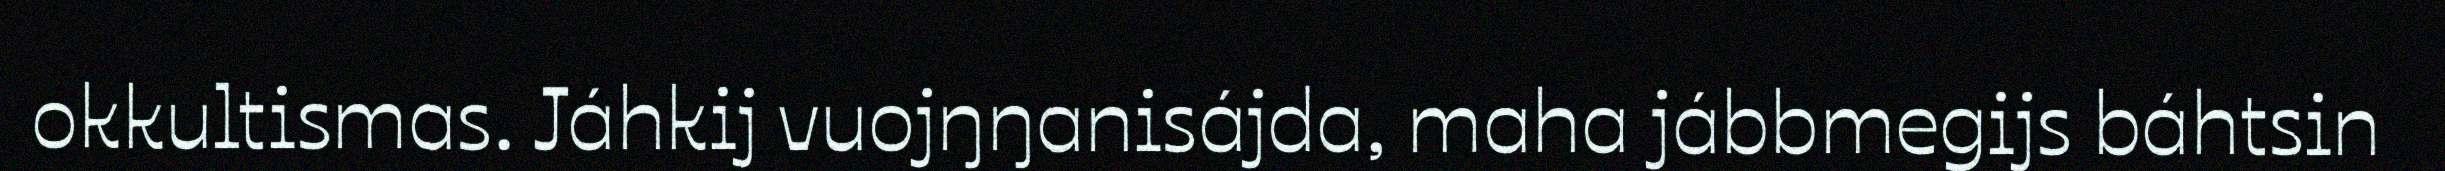
okkultismas. Jáhkij vuojŋŋanisájda, maha jábbmegijs báhtsin